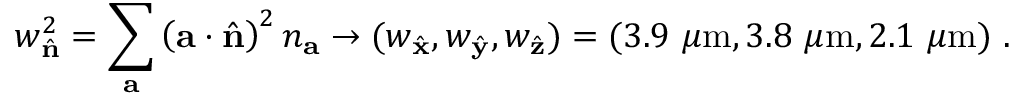
w _ { \hat { \mathbf { n } } } ^ { 2 } = \sum _ { \mathbf { a } } \left( \mathbf { a } \cdot \hat { \mathbf { n } } \right) ^ { 2 } n _ { \mathbf { a } } \rightarrow ( w _ { \hat { \mathbf { x } } } , w _ { \hat { \mathbf { y } } } , w _ { \hat { \mathbf { z } } } ) = ( 3 . 9 ~ \mu \mathrm { m } , 3 . 8 ~ \mu \mathrm { m } , 2 . 1 ~ \mu \mathrm { m } ) ~ .